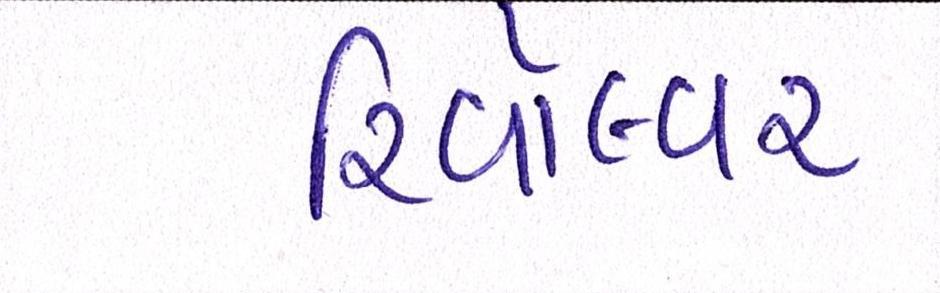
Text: રિવૉલ્વર